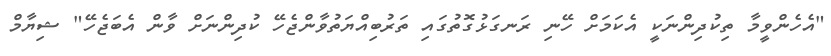
"އެހެންވީމާ ތިކުދިންނަކީ އެކަމަށް ހޭނި ރަނގަޅުގޮތުގައި ތަރުބިއްޔަތުވާންޖެހޭ ކުދިންނަށް ވާން އެބަޖެހޭ" ޝިޔާމް